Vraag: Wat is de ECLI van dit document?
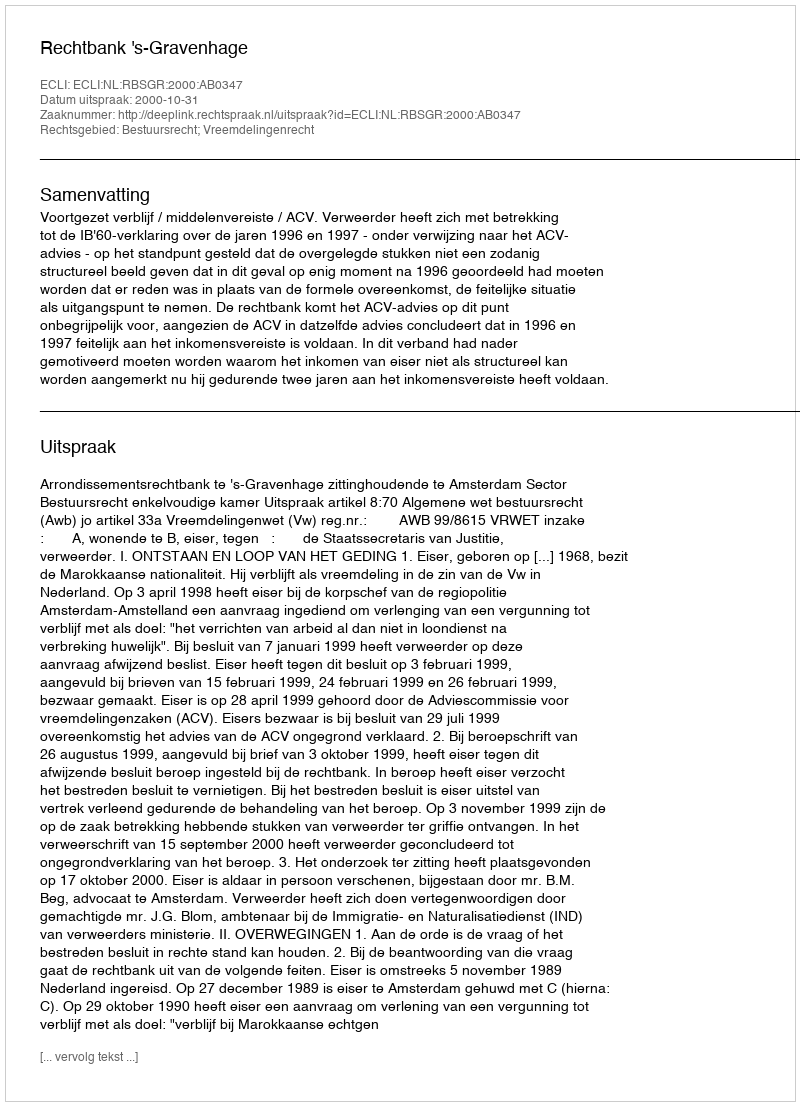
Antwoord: ECLI:NL:RBSGR:2000:AB0347